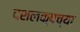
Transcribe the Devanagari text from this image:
दशलक्षच्या